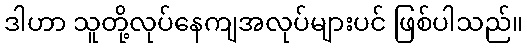
ဒါဟာ သူတို့လုပ်နေကျအလုပ်များပင် ဖြစ်ပါသည်။